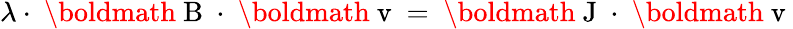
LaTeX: \lambda\cdot{\mathrm{~\boldmath~B~}}\cdot{\mathrm{~\boldmath~v~}}={\mathrm{~\boldmath~J~}}\cdot{\mathrm{~\boldmath~v~}}